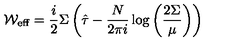
{ \cal W } _ { \mathrm { e f f } } = \frac { i } { 2 } \Sigma \left( \hat { \tau } - \frac { N } { 2 \pi i } \log \left( \frac { 2 \Sigma } { \mu } \right) \right)